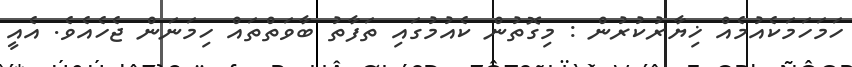
ހަމަހަމަކެއުމެއް ޚިޔާރުކުރުން : މިގޮތުން ކެއުމުގައި ތަފާތު ބާވަތްތައް ހިމަނަން ޖެހެއެވެ. އެއީ